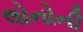
લોનોની